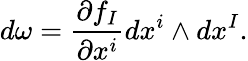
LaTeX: d{\omega}={\frac{\partial f_{I}}{\partial x^{i}}}dx^{i}\wedge dx^{I}.